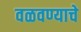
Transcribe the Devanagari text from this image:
वळवण्याचे